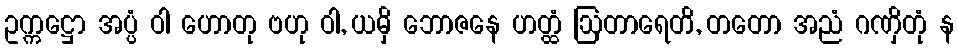
ဥက္ကဋ္ဌော အပ္ပံ ဝါ ဟောတု ဗဟု ဝါ, ယမှိ ဘောဇနေ ဟတ္ထံ ဩတာရေတိ, တတော အညံ ဂဏှိတုံ န